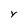
Character: Y